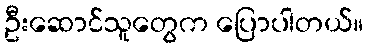
ဦးဆောင်သူတွေက ပြောပါတယ်။